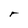
Character: r